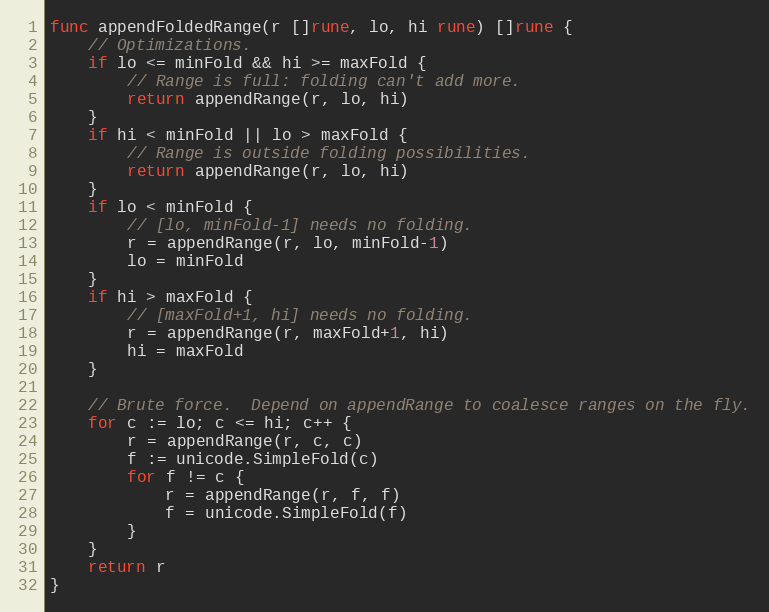
Language: Go
func appendFoldedRange(r []rune, lo, hi rune) []rune {
	// Optimizations.
	if lo <= minFold && hi >= maxFold {
		// Range is full: folding can't add more.
		return appendRange(r, lo, hi)
	}
	if hi < minFold || lo > maxFold {
		// Range is outside folding possibilities.
		return appendRange(r, lo, hi)
	}
	if lo < minFold {
		// [lo, minFold-1] needs no folding.
		r = appendRange(r, lo, minFold-1)
		lo = minFold
	}
	if hi > maxFold {
		// [maxFold+1, hi] needs no folding.
		r = appendRange(r, maxFold+1, hi)
		hi = maxFold
	}

	// Brute force.  Depend on appendRange to coalesce ranges on the fly.
	for c := lo; c <= hi; c++ {
		r = appendRange(r, c, c)
		f := unicode.SimpleFold(c)
		for f != c {
			r = appendRange(r, f, f)
			f = unicode.SimpleFold(f)
		}
	}
	return r
}